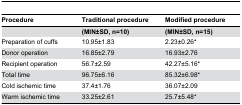
<table><thead><tr><td><b>Procedure</b></td><td><b>Traditional procedure</b></td><td><b>Modified procedure</b></td></tr></thead><tbody><tr><td></td><td><b>(MIN±SD, n=10)</b></td><td><b>(MIN±SD, n=15)</b></td></tr><tr><td>Preparation of cuffs</td><td>10.95±1.83</td><td>2.23±0.26*</td></tr><tr><td>Donor operation</td><td>16.85±2.79</td><td>16.93±2.76</td></tr><tr><td>Recipient operation</td><td>56.7±2.59</td><td>42.27±5.16*</td></tr><tr><td>Total time</td><td>96.75±6.16</td><td>85.32±6.98*</td></tr><tr><td>Cold ischemic time</td><td>37.4±1.76</td><td>36.07±2.09</td></tr><tr><td>Warm ischemic time</td><td>33.25±2.61</td><td>25.7±5.48*</td></tr></tbody></table>